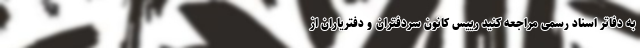
به دفاتر اسناد رسمی مراجعه کنید رییس کانون سردفتران و دفتریاران از